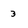
Character: 3